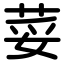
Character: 荽